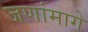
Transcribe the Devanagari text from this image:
जणांमागे